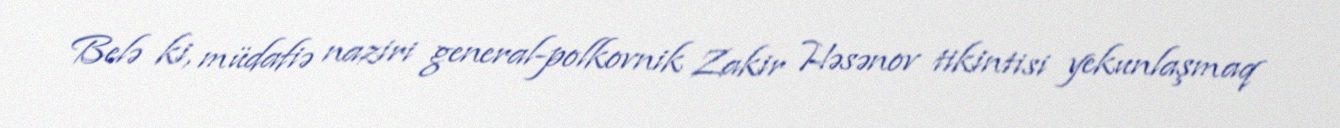
Belə ki, müdafiə naziri general-polkovnik Zakir Həsənov tikintisi yekunlaşmaq